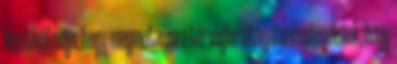
fesztivál célja, hogy megmutassa a térségbe látogató vendégeknek, hogy